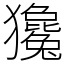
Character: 㺥